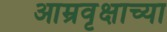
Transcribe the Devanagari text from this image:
आम्रवृक्षाच्या